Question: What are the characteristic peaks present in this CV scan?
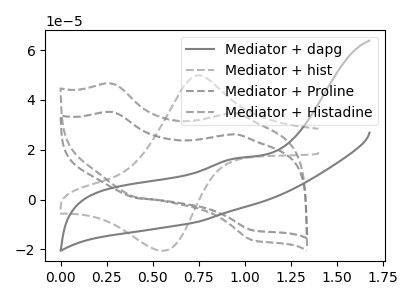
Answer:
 <answer>The gray curve "Mediator + dapg" has an anodic peak at: (0.95V, 16.60uA). The gray dashed curve "Mediator + hist" has an anodic peak at (0.75V, 49.65uA) and a cathodic peak at (0.55V, -20.55uA). The gray dashed curve "Mediator + Proline" has anodic peaks at (0.30V, 35.10uA) (0.90V, 26.15uA) and cathodic peaks at (0.40V, 0.60uA) (1.05V, -12.20uA). The gray dashed curve "Mediator + Histadine" has anodic peaks at (0.30V, 46.50uA) (0.90V, 34.65uA) and cathodic peaks at (0.40V, 0.80uA) (1.05V, -16.20uA).</answer>
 <eval></eval>